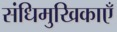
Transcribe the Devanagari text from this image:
संधिमुखिकाएँ